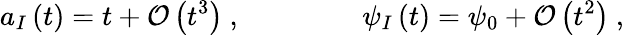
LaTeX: a_{I}\left(t\right)=t+\mathcal{O}\left(t^{3}\right)\ ,\ \ \ \ \ \ \ \ \ \ \ \ \ \ \ \ \ \psi_{I}\left(t\right)=\psi_{0}+\mathcal{O}\left(t^{2}\right)\ ,